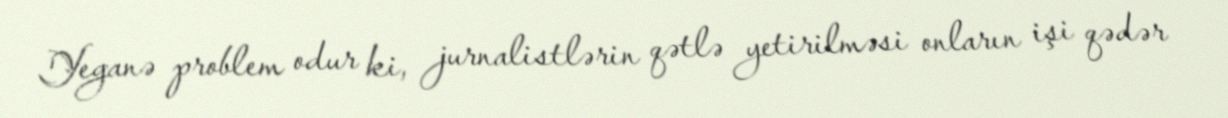
Yeganə problem odur ki, jurnalistlərin qətlə yetirilməsi onların işi qədər